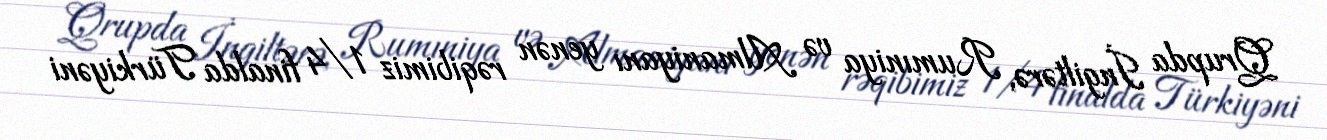
Qrupda İngiltərə, Rumıniya və Almaniyanı yenən rəqibimiz 1/4 finalda Türkiyəni